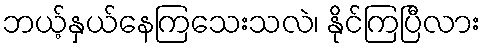
ဘယ့်နှယ်နေကြသေးသလဲ၊ နိုင်ကြပြီလား